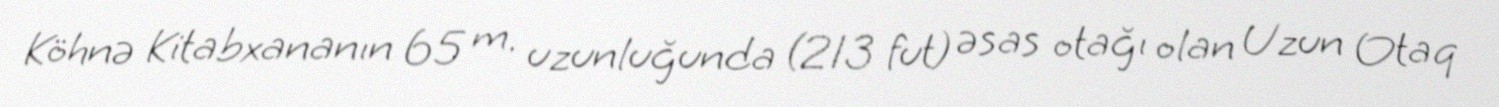
Köhnə Kitabxananın 65 m. uzunluğunda (213 fut) əsas otağı olan Uzun Otaq